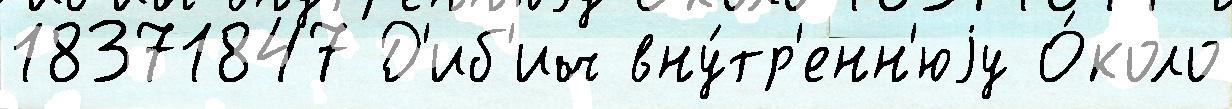
18371847 Д'иб'ич вну́тр'енн'юjу О́коло